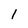
Character: 1